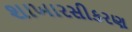
શાખારસીકરણ